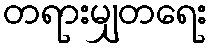
တရားမျှတရေး